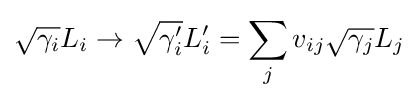
{\sqrt {\gamma _{i}}}L_{i}\to {\sqrt {\gamma _{i}'}}L_{i}'=\sum _{j}v_{ij}{\sqrt {\gamma _{j}}}L_{j}